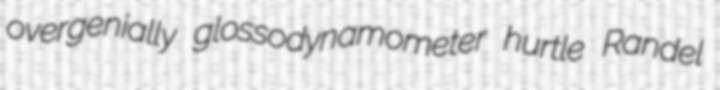
overgenially glossodynamometer hurtle Randel